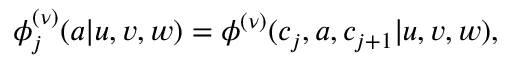
\phi _ { j } ^ { ( \nu ) } ( a | u , v , w ) = \phi ^ { ( \nu ) } ( c _ { j } , a , c _ { j + 1 } | u , v , w ) ,